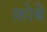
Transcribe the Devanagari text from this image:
फ़ोबे